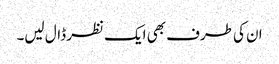
ان کی طرف بھی ایک نظر ڈال لیں۔